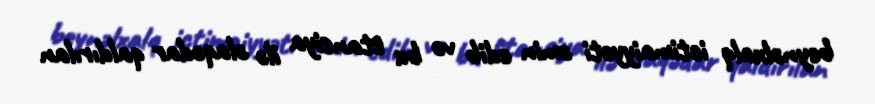
beynəlxalq ictimaiyyəti əmin edib və bu stansiya ilə əlaqədar qaldırılan